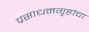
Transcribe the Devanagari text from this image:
प्रसाधनगृहांचा